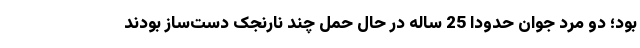
بود؛ دو مرد جوان حدوداً 25 ساله در حال حمل چند نارنجک‌ دست‌ساز بودند